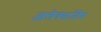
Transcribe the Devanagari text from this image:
आलेक्सांद्रिय